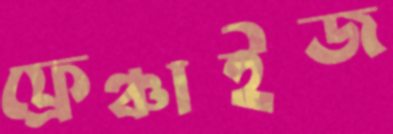
ফ্রেঞ্চাইজ